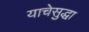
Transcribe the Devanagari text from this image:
याचेसुद्धा